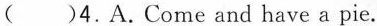
( )4.A.Come and have a pie.